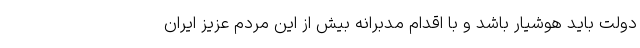
دولت باید هوشیار باشد و با اقدام مدبرانه بیش از این مردم عزیز ایران